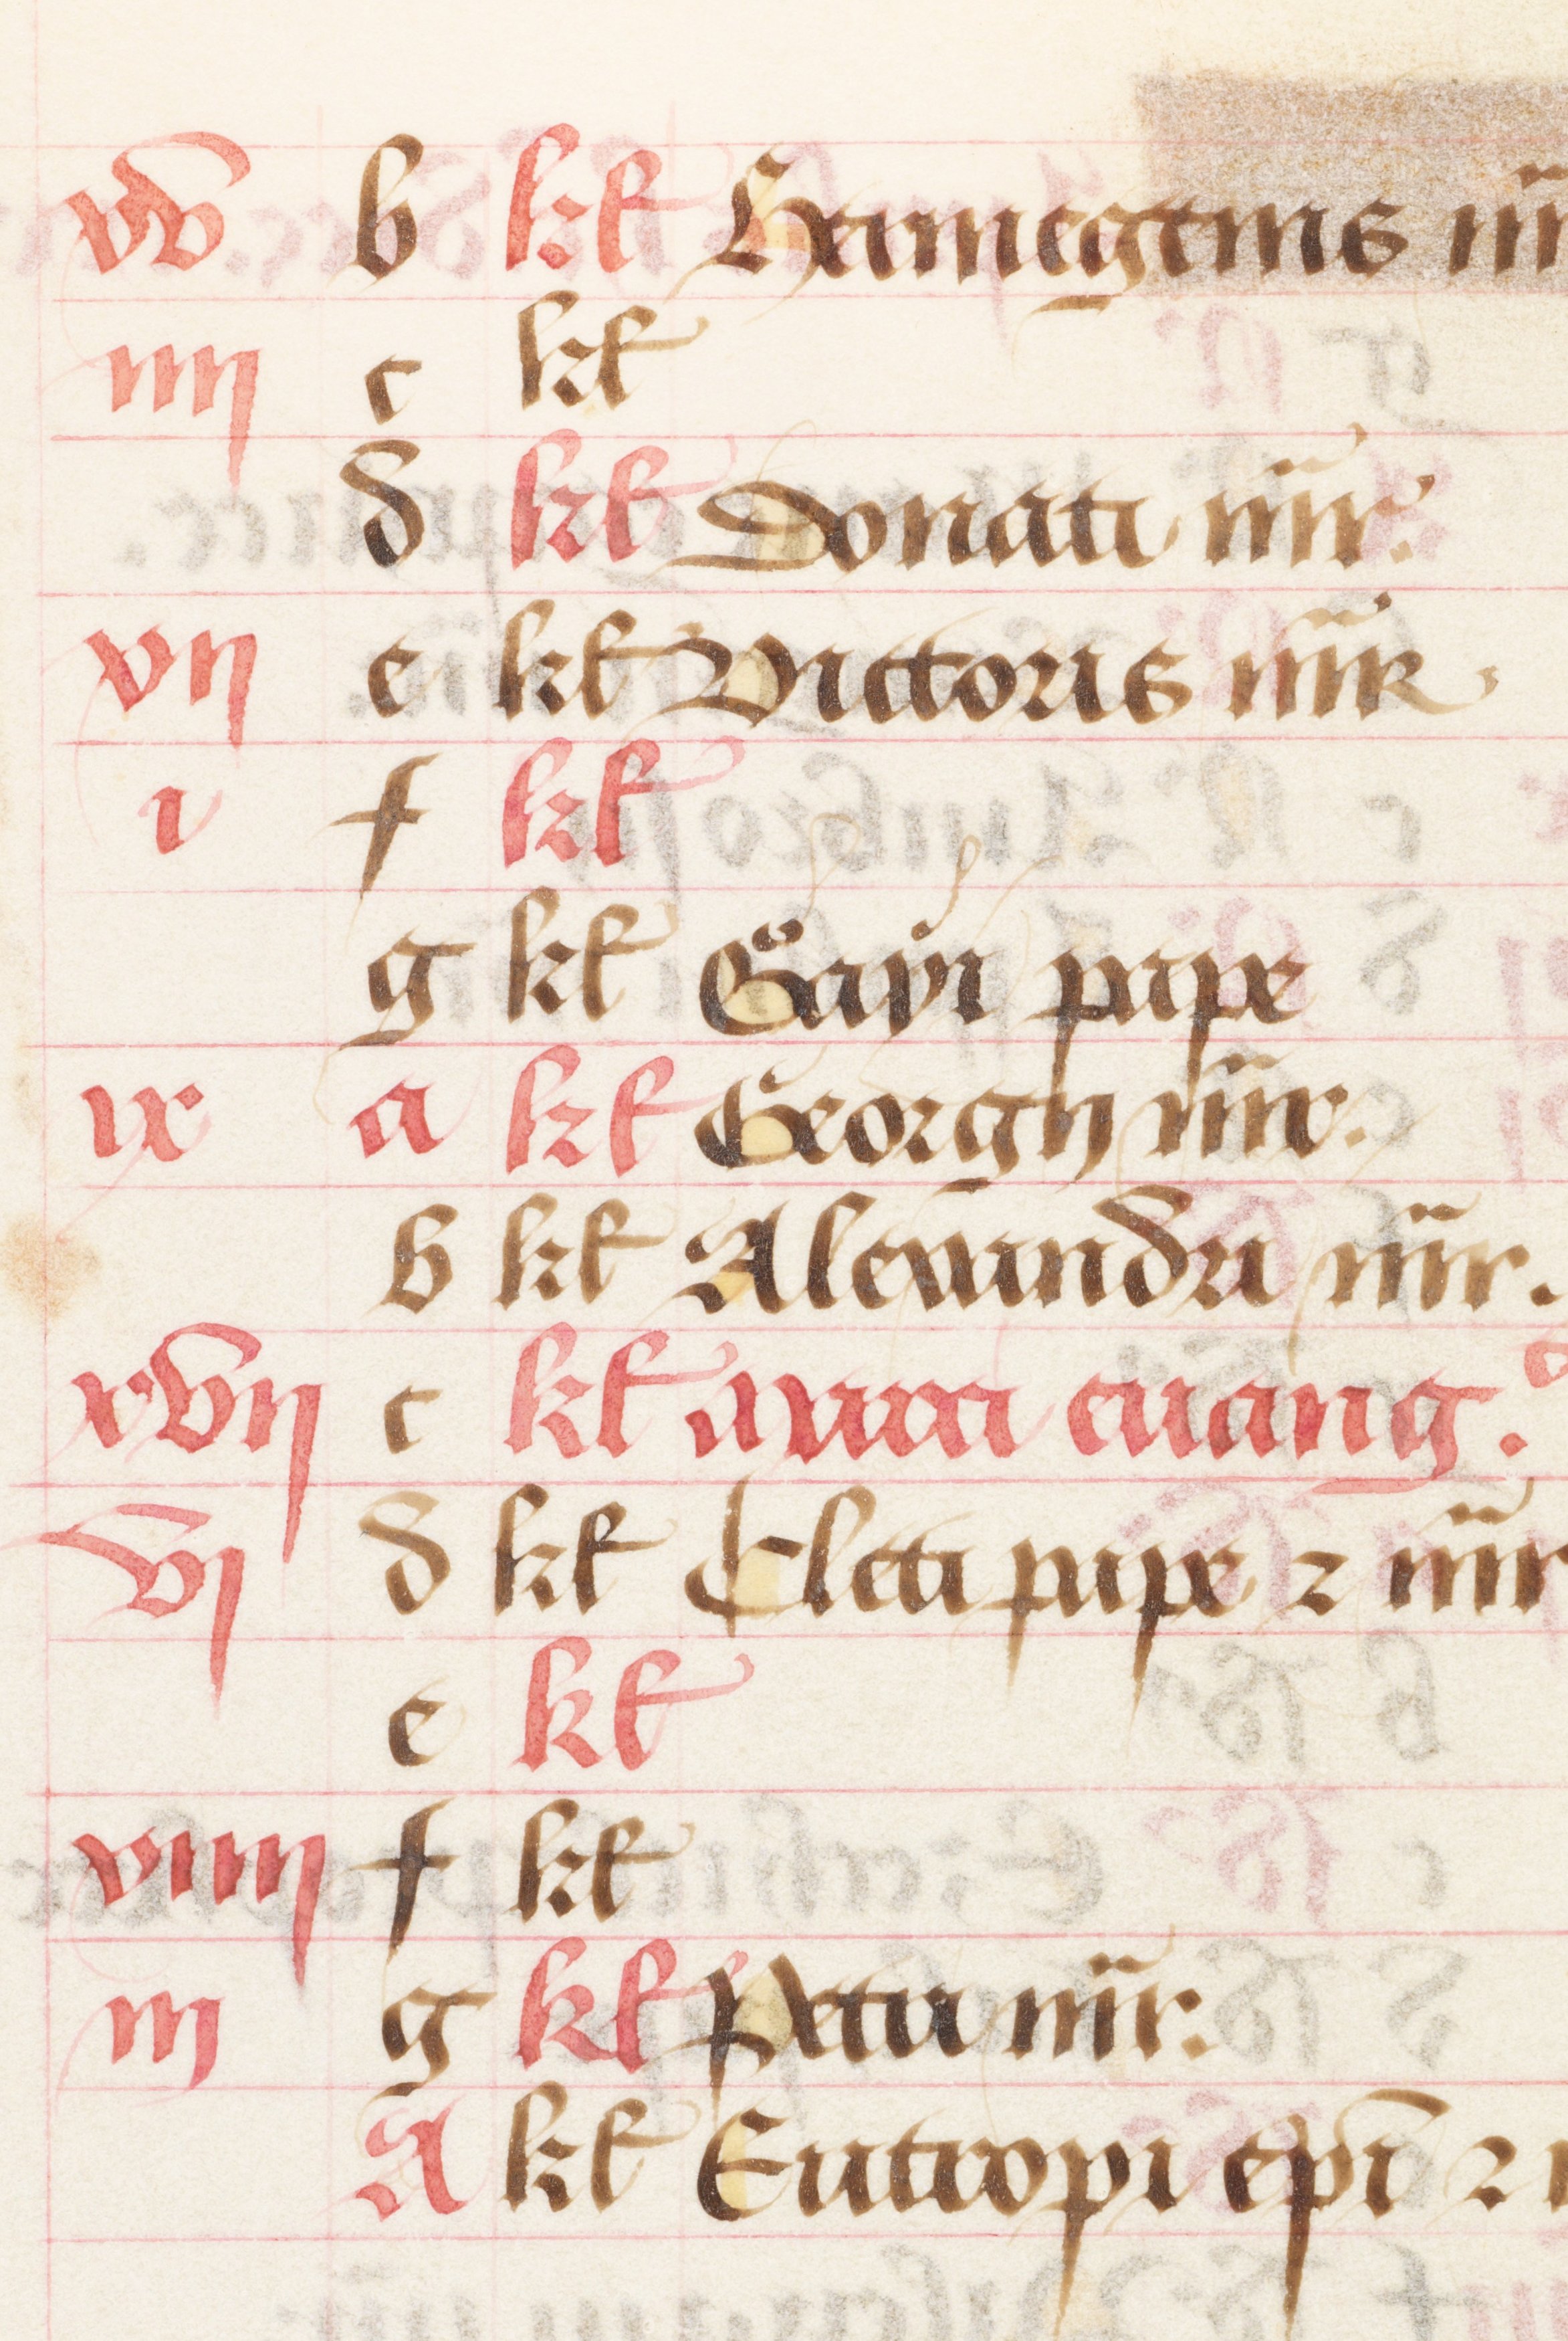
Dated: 1450–1499